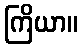
ကြိယာ။